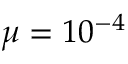
\mu = 1 0 ^ { - 4 }